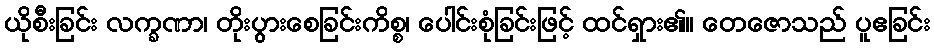
ယိုစီးခြင်း လက္ခဏာ၊ တိုးပွားစေခြင်းကိစ္စ၊ ပေါင်းစုံခြင်းဖြင့် ထင်ရှား၏။ တေဇောသည် ပူဧခြင်း